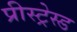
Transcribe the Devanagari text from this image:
प्रीस्ट्रेस्ड